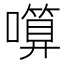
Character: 𱕋